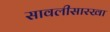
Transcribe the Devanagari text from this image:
सावलीसारखा